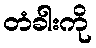
တံခါးကို